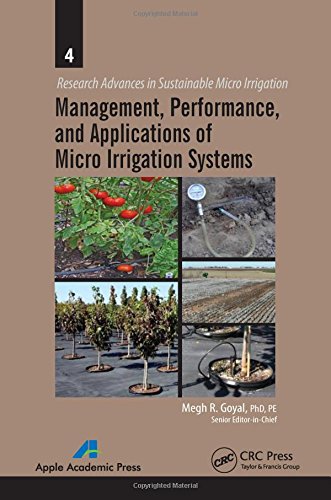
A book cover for Management, Performance, and Applications of Micro Irrigation Systems (Research Advances in Sustainable Micro Irrigation); Science & Math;